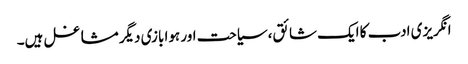
انگریزی ادب کا ایک شائق، سیاحت اور ہوا بازی دیگر مشاغل ہیں۔